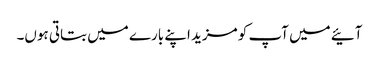
آئیے میں آپ کو مزید اپنے بارے میں بتاتی ہوں۔